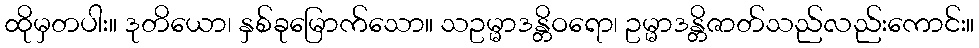
ထိုမှတပါး။ ဒုတိယော၊ နှစ်ခုမြောက်သော။ သဥမ္မာဒန္တိဝရော၊ ဥမ္မာဒန္တိဇာတ်သည်လည်းကောင်း။